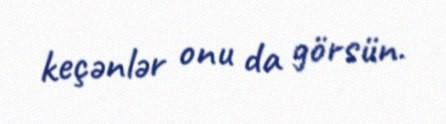
keçənlər onu da görsün.